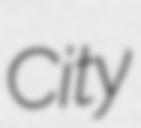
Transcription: City